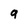
Character: 9